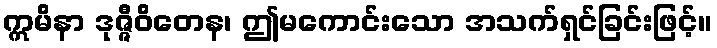
ဣမိနာ ဒုဇ္ဇီဝိတေန၊ ဤမကောင်းသော အသက်ရှင်ခြင်းဖြင့်။